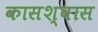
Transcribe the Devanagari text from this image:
कासश्वास